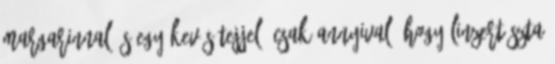
margarinnal és egy kevés tejjel. Csak annyival, hogy linzertészta